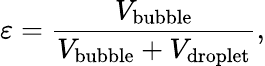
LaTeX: \varepsilon=\frac{V_{\mathrm{bubble}}}{V_{\mathrm{bubble}}+V_{\mathrm{droplet}}},